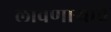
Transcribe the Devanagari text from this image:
लावणाऱ्यांचे